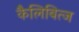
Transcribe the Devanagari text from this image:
कैलिबित्ज